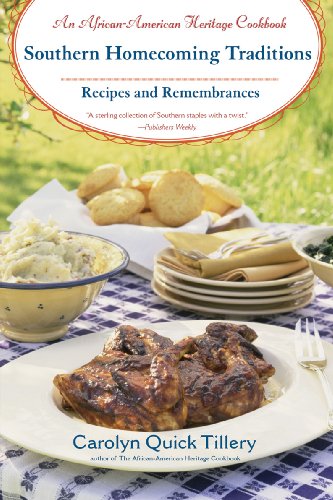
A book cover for Southern Homecoming Traditions: Recipes and Remembrances; Carolyn Q. Tillery; Cookbooks, Food & Wine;